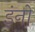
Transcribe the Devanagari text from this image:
इंनो